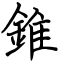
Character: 錐